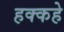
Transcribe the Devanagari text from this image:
हक्कहे